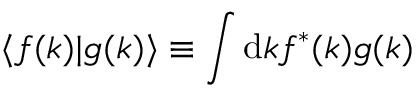
\langle f ( k ) | g ( k ) \rangle \equiv \int \mathrm { d } k f ^ { * } ( k ) g ( k )